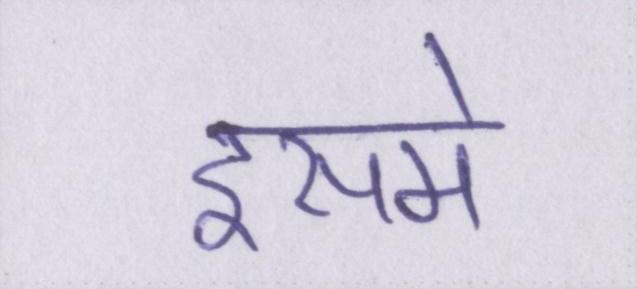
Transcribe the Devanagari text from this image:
इसमें